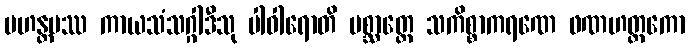
မဟန္တမဿ ကာယသံသဂ္ဂါဒီသု ပါဝါရောတိ ပစ္ဆာတ္ထေ သကိစ္စာကရဏေ ဖဏဟတ္ထကော